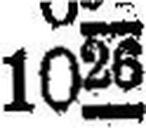
1026